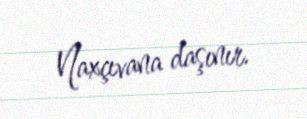
Naxçıvana daşınır.